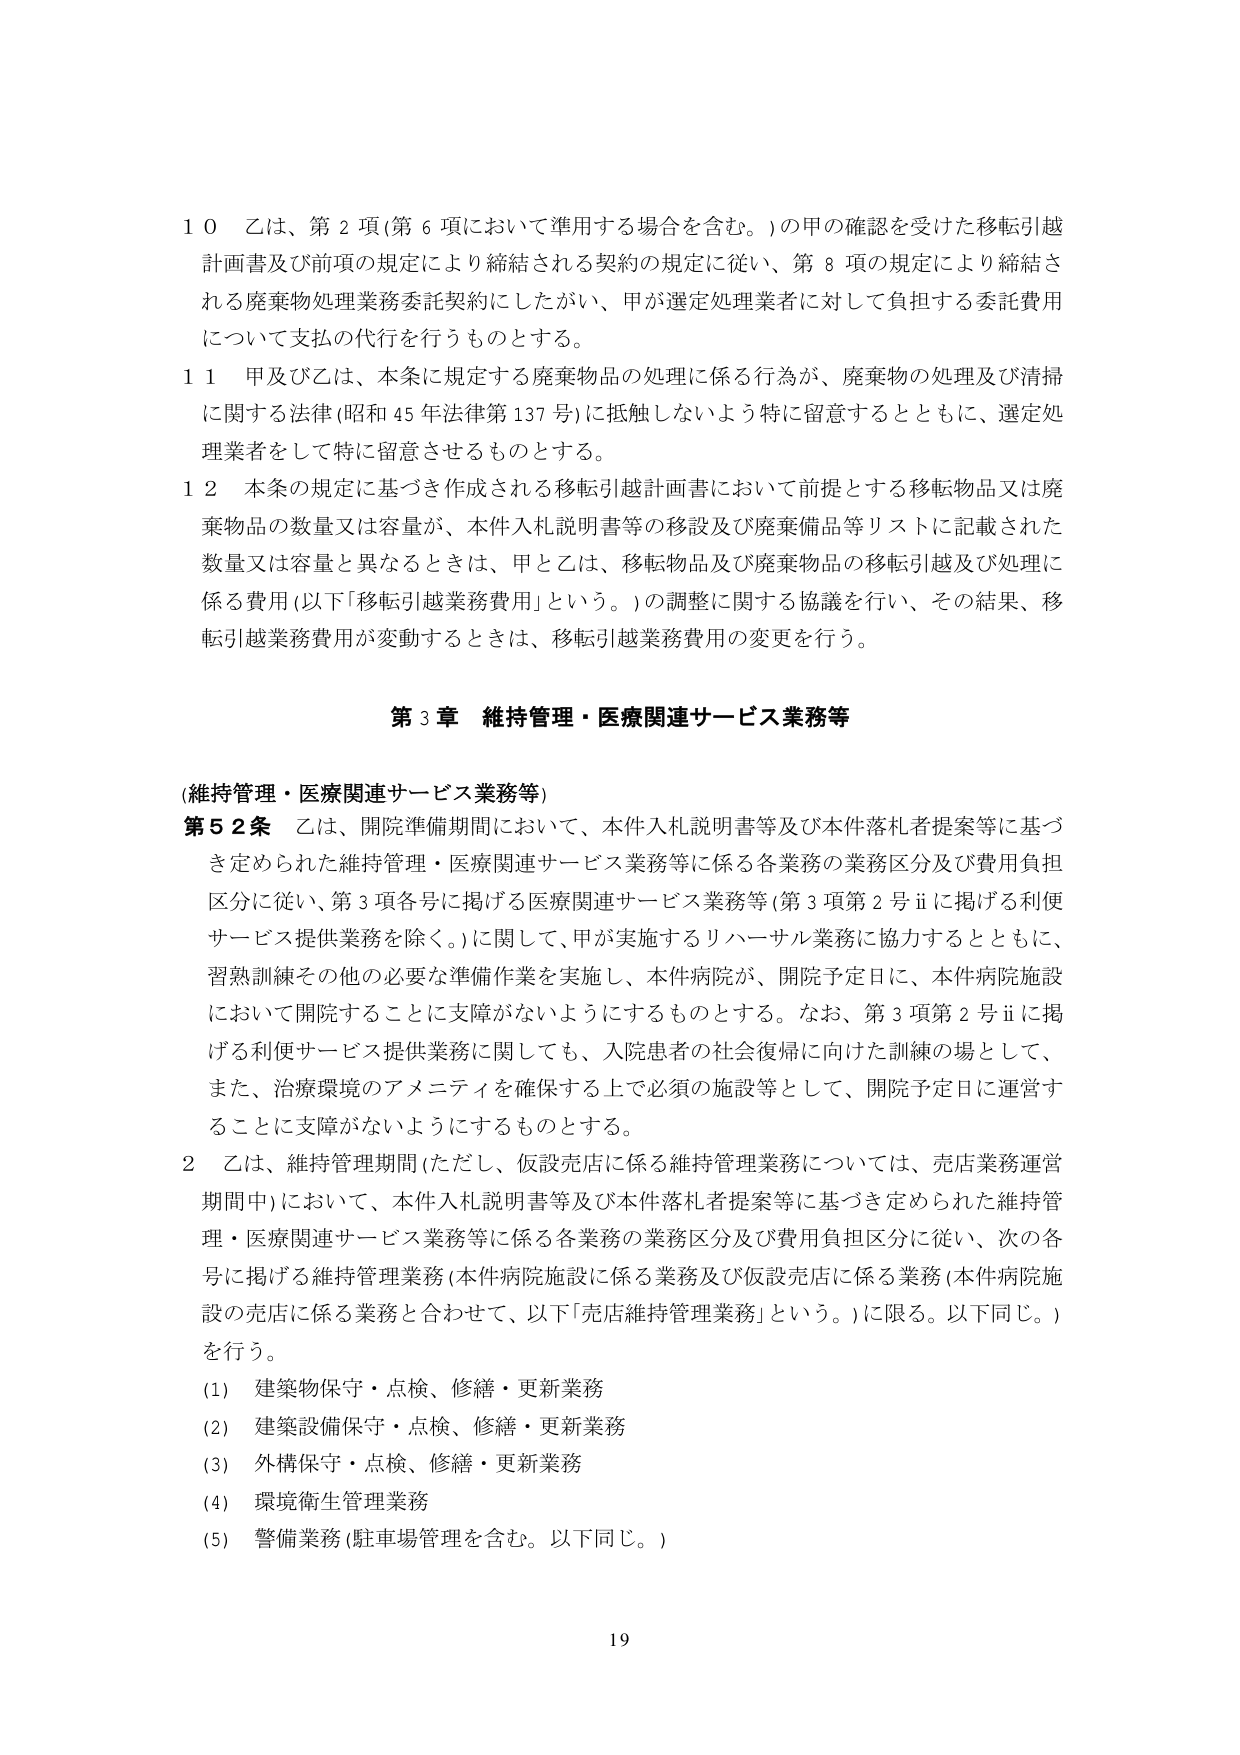
10 乙は、第2項（第6項において準用する場合を含む。）の甲の確認を受けた移転引越計画書及び前項の規定により締結される契約の規定に従い、第8項の規定により締結される廃棄物処理業務委託契約にしたがい、甲が選定処理業者に対して負担する委託費用について支払の代行を行うものとする。

11 甲及び乙は、本条に規定する廃棄物品の処理に係る行為が、廃棄物の処理及び清掃に関する法律（昭和45年法律第137号）に抵触しないよう特に留意するとともに、選定処理業者をして特に留意させるものとする。

12 本条の規定に基づき作成される移転引越計画書において前提とする移転物品又は廃棄物品の数量又は容量が、本件入札説明書等の移設及び廃棄備品等リストに記載された数量又は容量と異なるときは、甲と乙は、移転物品及び廃棄物品の移転引越及び処理に係る費用（以下「移転引越業務費用」という。）の調整に関する協議を行い、その結果、移転引越業務費用が変動するときは、移転引越業務費用の変更を行う。

第3章 維持管理・医療関連サービス業務等

（維持管理・医療関連サービス業務等）

第52条 乙は、開院準備期間において、本件入札説明書等及び本件落札者提案等に基づき定められた維持管理・医療関連サービス業務等に係る各業務の業務区分及び費用負担区分に従い、第3項各号に掲げる医療関連サービス業務等（第3項第2号ⅱに掲げる利便サービス提供業務を除く。）に関して、甲が実施するリハーサル業務に協力するとともに、習熟訓練その他の必要な準備作業を実施し、本件病院が、開院予定日に、本件病院施設において開院することに支障がないようにするものとする。なお、第3項第2号ⅱに掲げる利便サービス提供業務に関しても、入院患者の社会復帰に向けた訓練の場として、また、治療環境のアメニティを確保する上で必須の施設等として、開院予定日に運営することに支障がないようにするものとする。

2 乙は、維持管理期間（ただし、仮設売店に係る維持管理業務については、売店業務運営期間中）において、本件入札説明書等及び本件落札者提案等に基づき定められた維持管理・医療関連サービス業務等に係る各業務の業務区分及び費用負担区分に従い、次の各号に掲げる維持管理業務（本件病院施設に係る業務及び仮設売店に係る業務（本件病院施設の売店に係る業務と合わせて、以下「売店維持管理業務」という。）に限る。以下同じ。）を行う。

(1) 建築物保守・点検、修繕・更新業務

(2) 建築設備保守・点検、修繕・更新業務

(3) 外構保守・点検、修繕・更新業務

(4) 環境衛生管理業務

(5) 警備業務（駐車場管理を含む。以下同じ。）

19